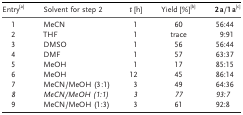
<table><thead><tr><td><b>Entry<sup>[a]</sup></b></td><td><b>Solvent for step 2</b></td><td><b><i>t</i> [h]</b></td><td><b>Yield [%]<sup>[b]</sup></b></td><td><b>2 a/1 a<sup>[c]</sup></b></td></tr></thead><tbody><tr><td>1</td><td>MeCN</td><td>1</td><td>60</td><td>56:44</td></tr><tr><td>2</td><td>THF</td><td>1</td><td>trace</td><td>9:91</td></tr><tr><td>3</td><td>DMSO</td><td>1</td><td>56</td><td>56:44</td></tr><tr><td>4</td><td>DMF</td><td>1</td><td>57</td><td>63:37</td></tr><tr><td>5</td><td>MeOH</td><td>1</td><td>17</td><td>85:15</td></tr><tr><td>6</td><td>MeOH</td><td>12</td><td>45</td><td>86:14</td></tr><tr><td>7</td><td>MeCN/MeOH (3:1)</td><td>3</td><td>49</td><td>64:36</td></tr><tr><td><i>8</i></td><td><i>MeCN/MeOH (1:1)</i></td><td><i>3</i></td><td><i>77</i></td><td><i>93:7</i></td></tr><tr><td>9</td><td>MeCN/MeOH (1:3)</td><td>3</td><td>61</td><td>92:8</td></tr></tbody></table>